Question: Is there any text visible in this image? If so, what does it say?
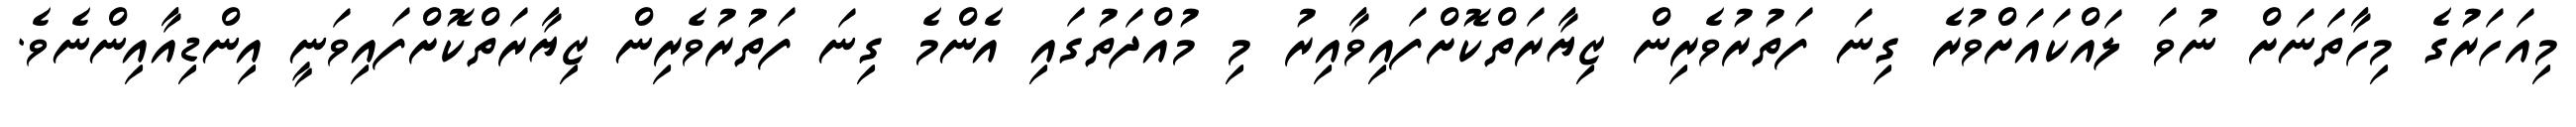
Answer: މިއަހަރުގެ މިހާތަނަށް ނުވަ ލައްކައަށްވުރެ ގިނަ ފަތުރުވެރިން ޒިޔާރަތްކޮށްފައިވާއިރު މި މުއްދަތުގައި އެންމެ ގިނަ ފަތުރުވެރިން ޒިޔާރަތްކޮށްފައިވަނީ އިންޑިއާއިންނެވެ.